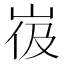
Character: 𰎙